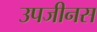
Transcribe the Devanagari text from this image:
उपजीनस